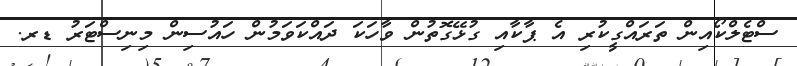
ސްޓެލްކޯއިން ތަރައްގީކުރި އެ ޕާކާއި ގުޅޭގޮތުން ވާހަކަ ދައްކަވަމުން ހައުސިން މިނިސްޓަރު ޑރ.